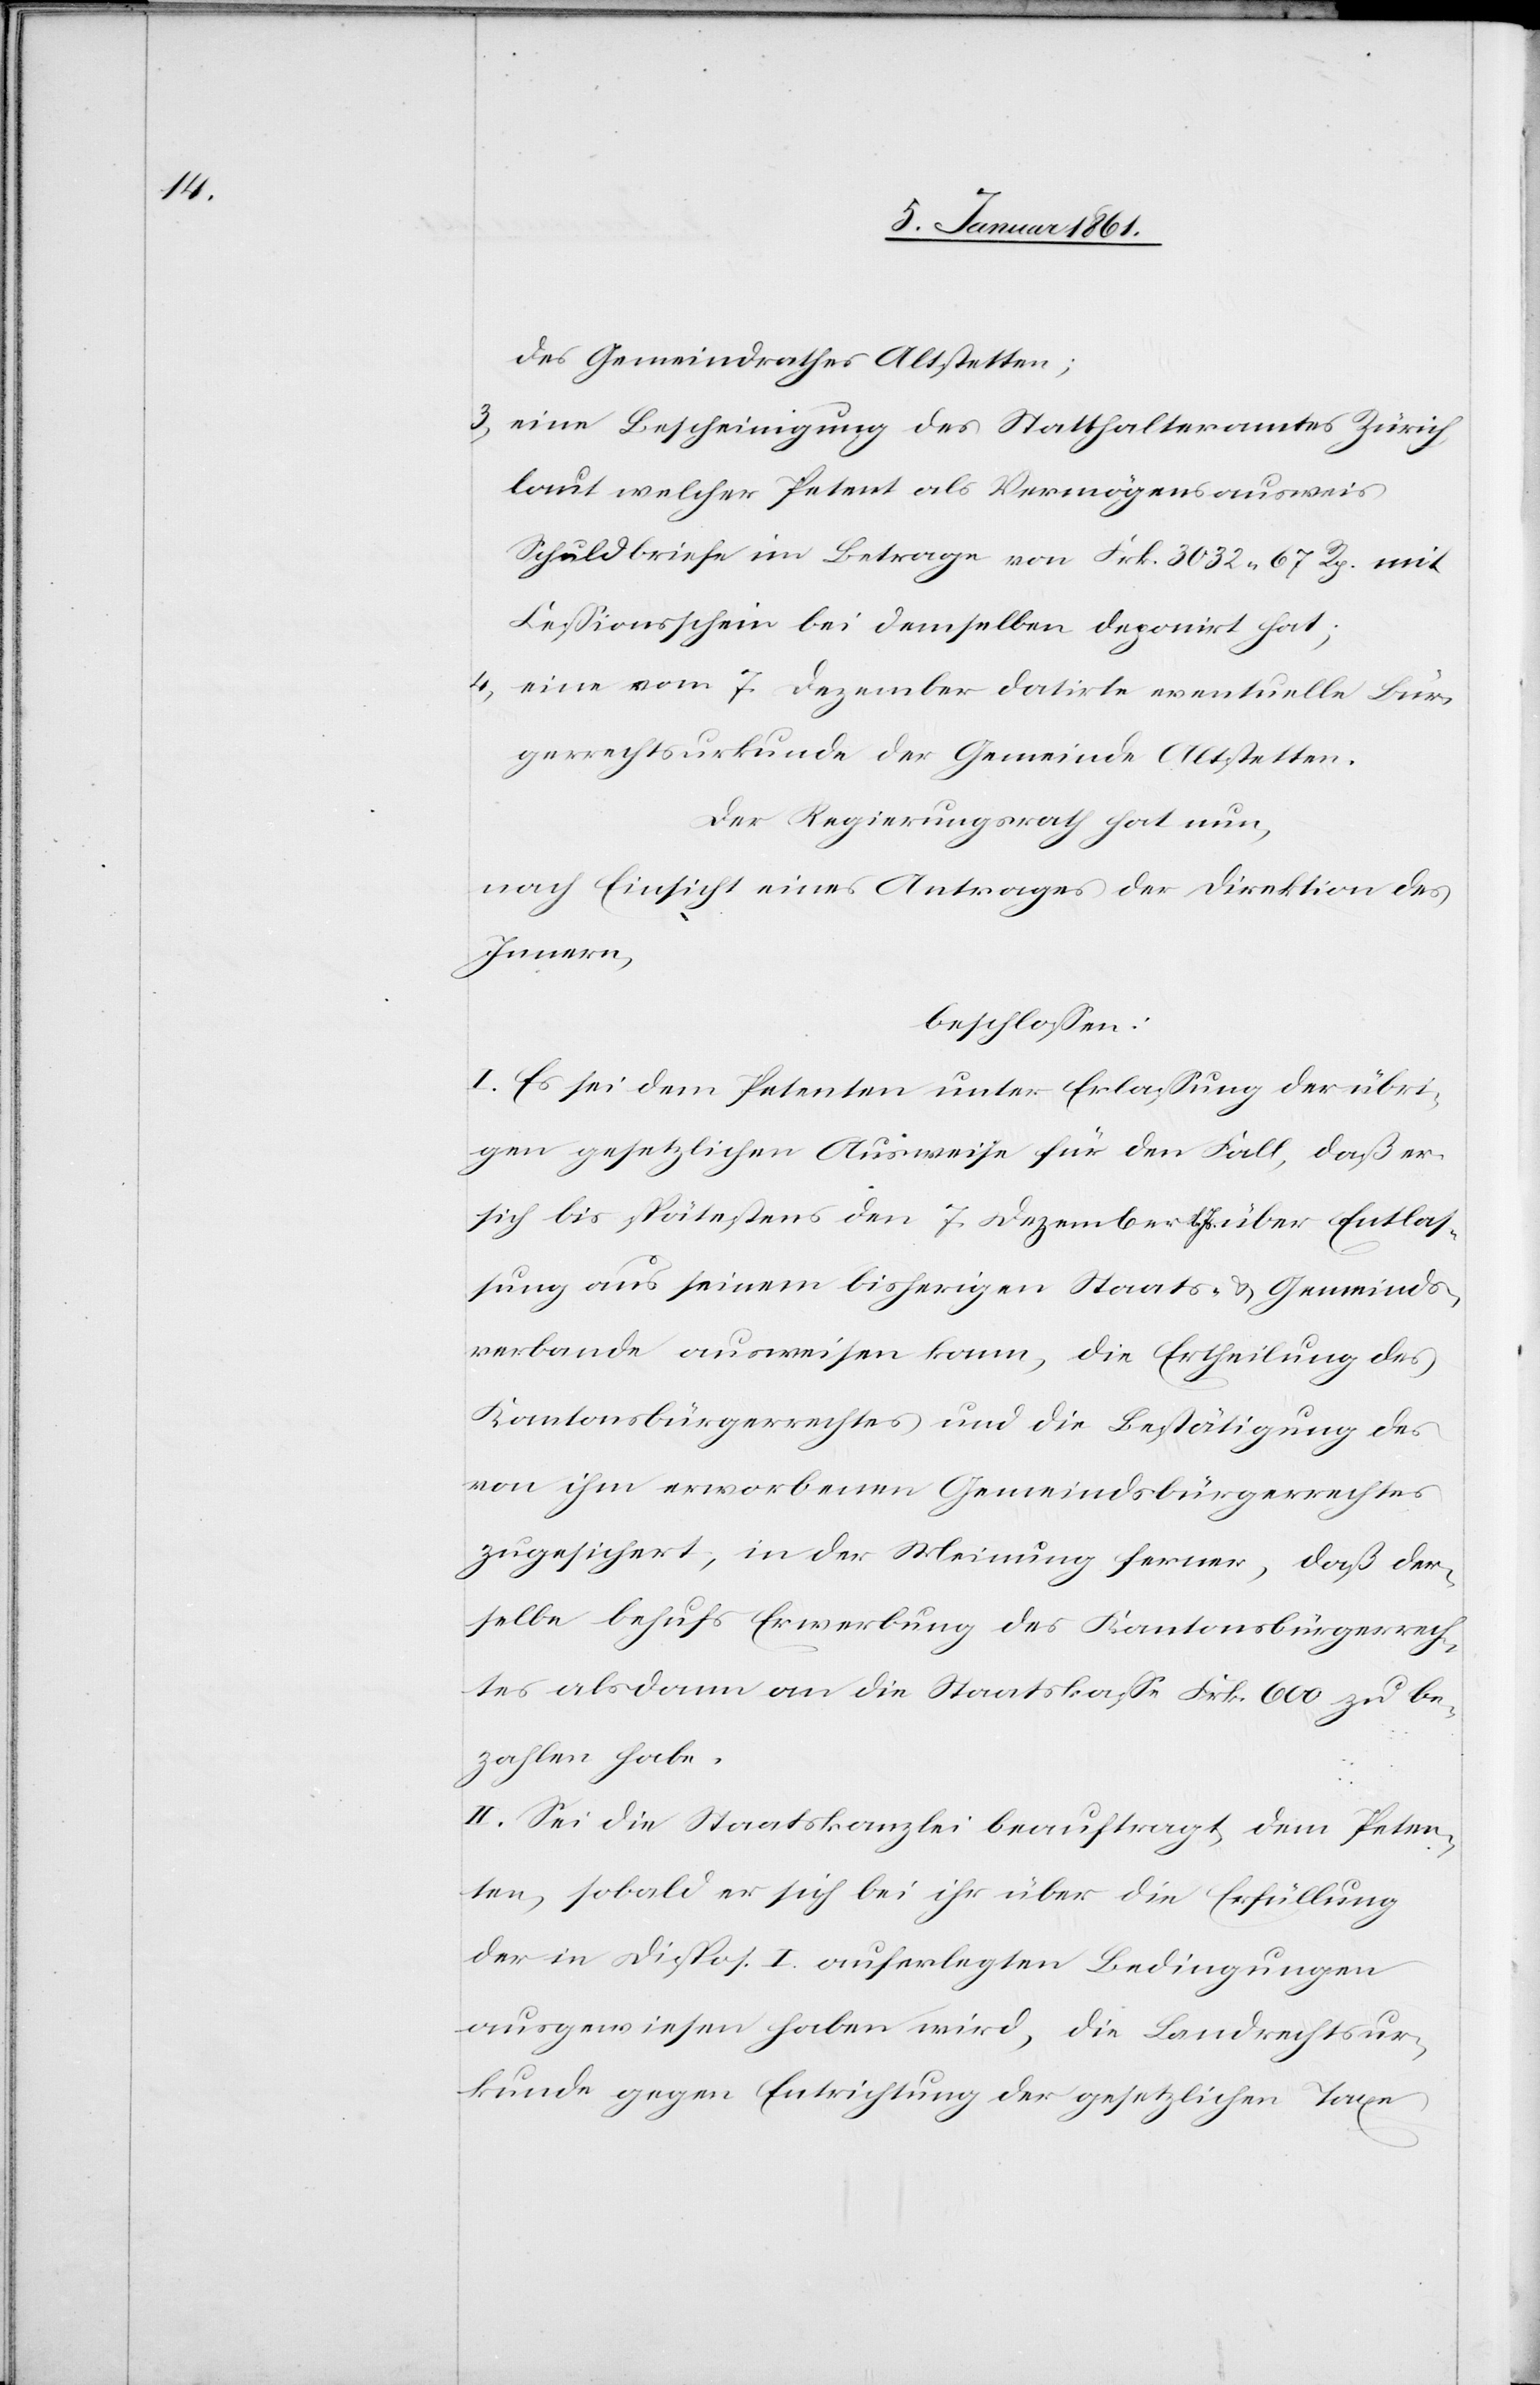
des Gemeindrathes Altstetten;
3) eine Bescheinigung des Statthalteramtes Zürich,
laut welcher Petent als Vermögensausweis
Schuldbriefe im Betrag von Frk. 3032 u. 67 Rp. mit
Cessionsschein bei demselben deponirt hat;
4) eine vom 7. Dezember datirte eventuelle Bür¬
gerrechtsurkunde der Gemeinde Altstetten.
Der Regierungsrath hat nun,
nach Einsicht eines Antrages der Direktion des
Innern,
beschlossen:
I. Es sei dem Petenten unter Erlassung der übri¬
gen gesetzlichen Ausweise für den Fall, daß er
sich bis spätestens den 7. Dezember d. Js. über Entlas¬
sung aus seinem bisherigen Staats- u. Gemeinds¬
verbande ausweisen kann, die Ertheilung des
Kantonsbürgerrechtes und die Bestätigung des
von ihm erworbenen Gemeindsbürgerrechtes
zugesichert, in der Meinung ferner, daß der¬
selbe behufs Erwerbung des Kantonsbürgerrech¬
tes alsdann an die Staatskassa Frk. 600 zu be¬
zahlen habe.
II. Sei die Staatskanzlei beauftragt, dem Peten¬
ten, sobald er sich bei ihr über die Erfüllung
der in Dispos. I auferlegten Bedingungen
ausgewiesen haben wird, die Landrechtsur¬
kunde gegen Entrichtung der gesetzlichen Taxe